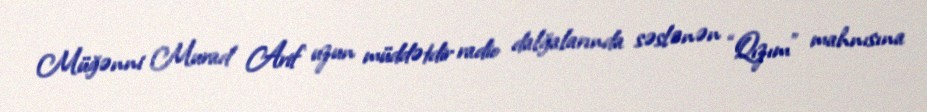
Müğənni Murad Arif uzun müddətdir radio dalğalarında səslənən “Qızım” mahnısına